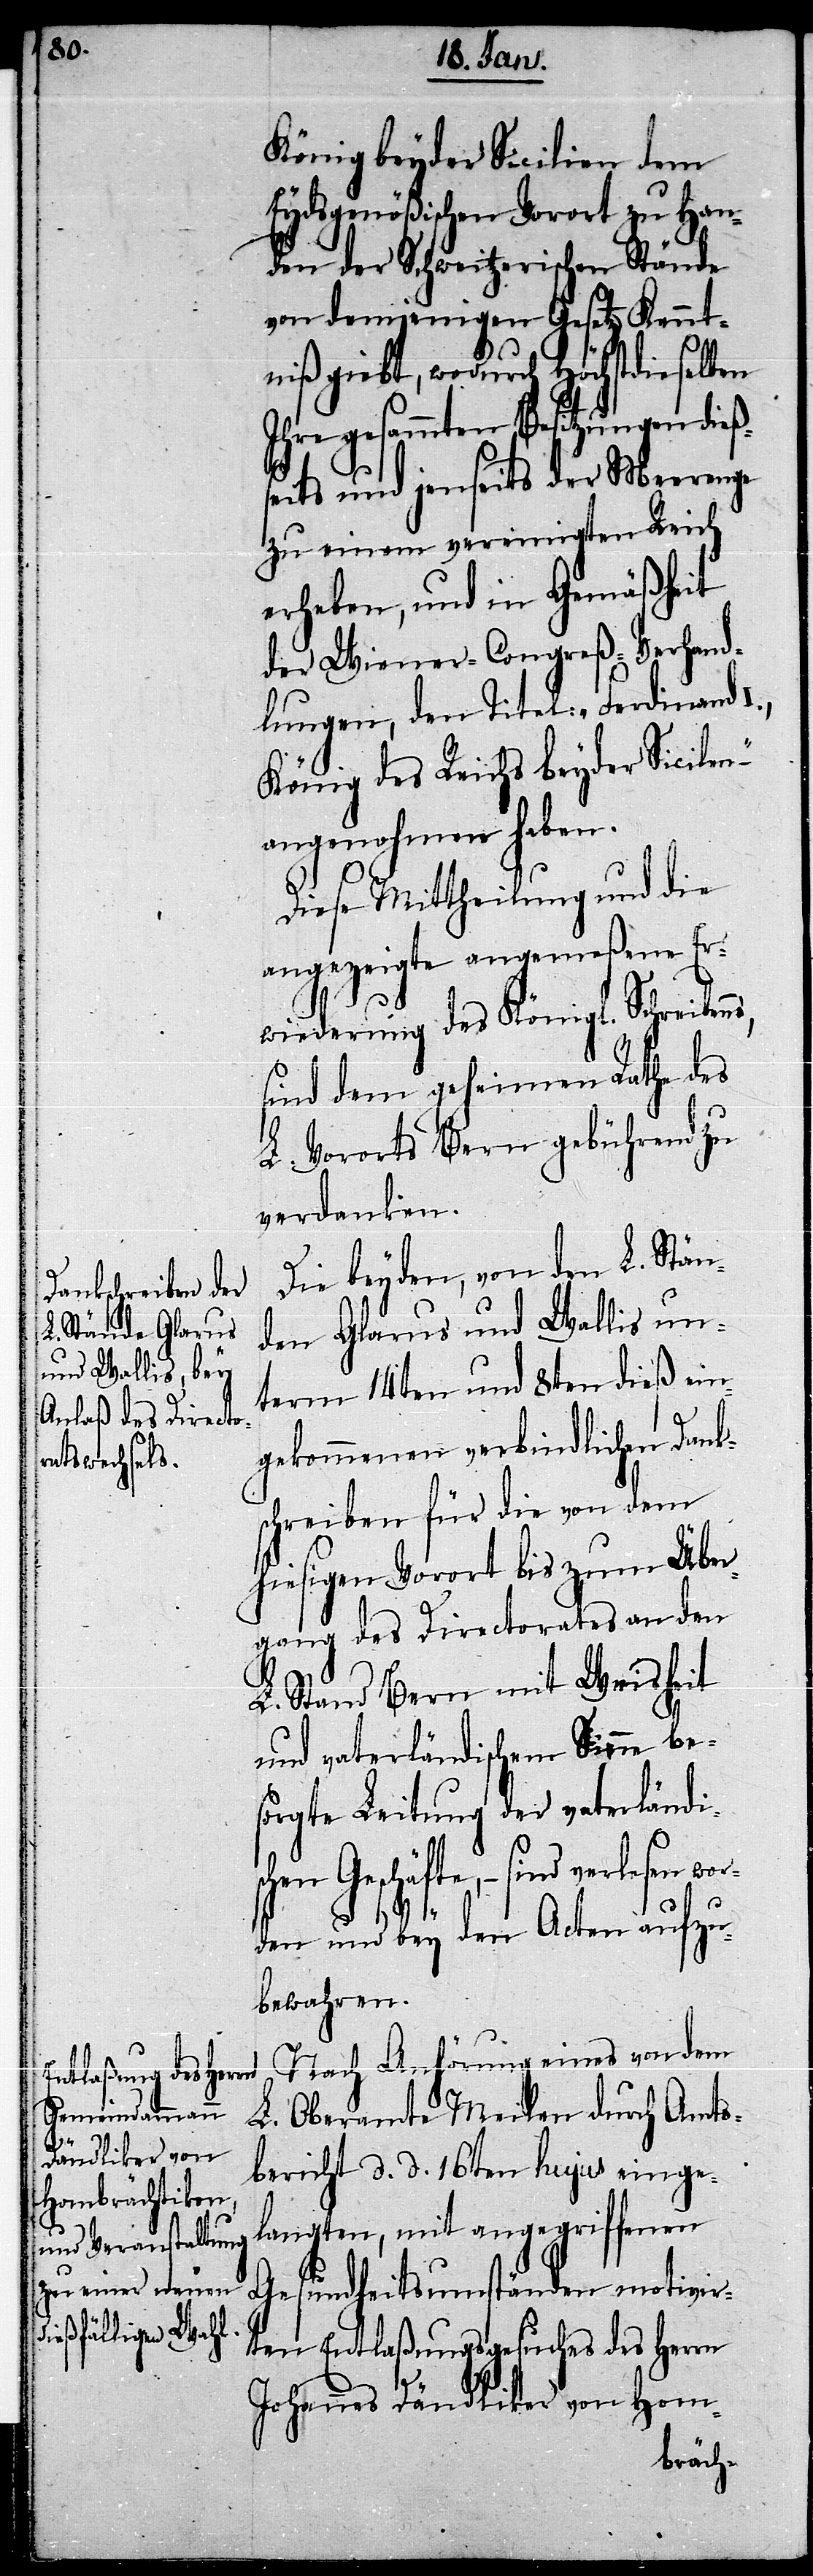
König beyder Sicilien dem
Eydsgenößischen Vorort zu Han¬
den der Schweitzerischen Stände
von demjenigen Gesetz Kennt¬
niß giebt, wodurch Höchstdieselben
Ihre gesammten Besitzungen dieß¬
seits und jenseits der Meerenge
zu einem vereinigten Reich
erheben, und in Gemäßheit
der Wiener-Congreß-Verhand¬
lungen, den Titel: „Ferdinand
König des Reichs beyder Sicilen“
angenohmen haben.
Diese Mittheilung und die
angezeigte angemeßene Er¬
wiederung des Königl. Schreibens,
sind dem geheimen Rathe des
L. Vororts Bern gebührend zu
verdanken.
Die beyden, von den L. Stän¬
den Glarus und Wallis un¬
term 14ten und 8ten dieß ein¬
gekommenen verbindlichen Danks¬
chreiben für die von dem
hiesigen Vorort bis zum Über¬
gang des Directorates an den
L. Stand Bern mit Weisheit
und vaterländischem Sinne be¬
sorgte Leitung der vaterländi¬
schen Geschäfte, – sind verlesen
wo¬
rden und bey den Acten aufzu¬
bewahren.
Nach Anhörung eines von dem
L. Oberamte Meilen durch Amts¬
bericht d. d. 16ten hujus einge¬
langten, mit angegriffenen
Gesundheitsumständen motivir¬
ten Entlaßungsgesuches des Herrn
Johannes Dändliker von Hom-